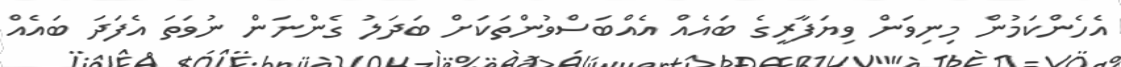
އެހެންކަމުން މިނިވަން ވިޔަފާރީގެ ބައެއް އެއްބަސްވުންތަކަށް ބަދަލު ގެންނަން ނުވަތަ އެފަދަ ބައެއް